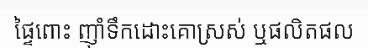
ផ្ទៃពោះ ញ៉ាំទឹកដោះគោស្រស់ ឬផលិតផល